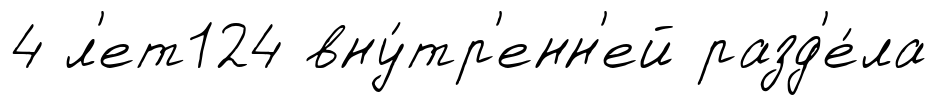
4 л'ет124 вну́тр'енн'ей разд'е́ла